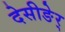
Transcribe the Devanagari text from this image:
देसीङेर्